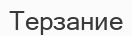
Терзание